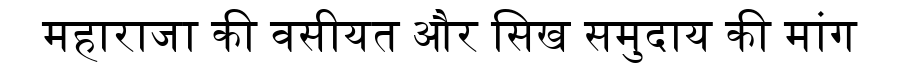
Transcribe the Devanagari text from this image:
महाराजा की वसीयत और सिख समुदाय की मांग